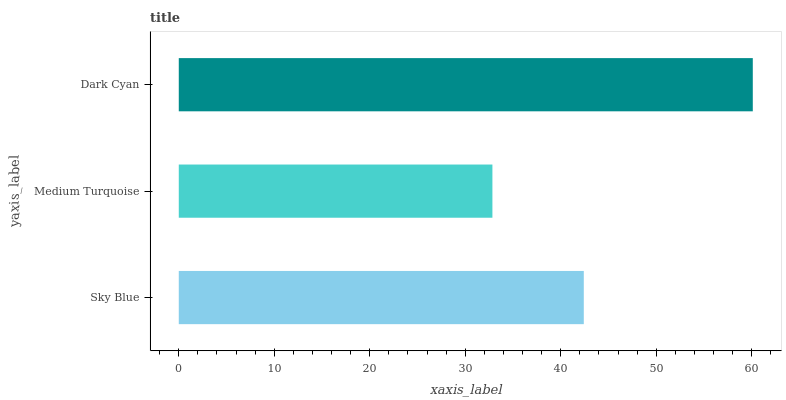
| yaxis_label | bars |
 | --- | --- |
 | Sky Blue | 42.4 |
 | Medium Turquoise | 32.8 |
 | Dark Cyan | 60.1 |